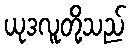
ယုဒလူတို့သည်